Annual report on the working of the mental hospitals in the Madras Presidency - 1912-1932
Year: 1912
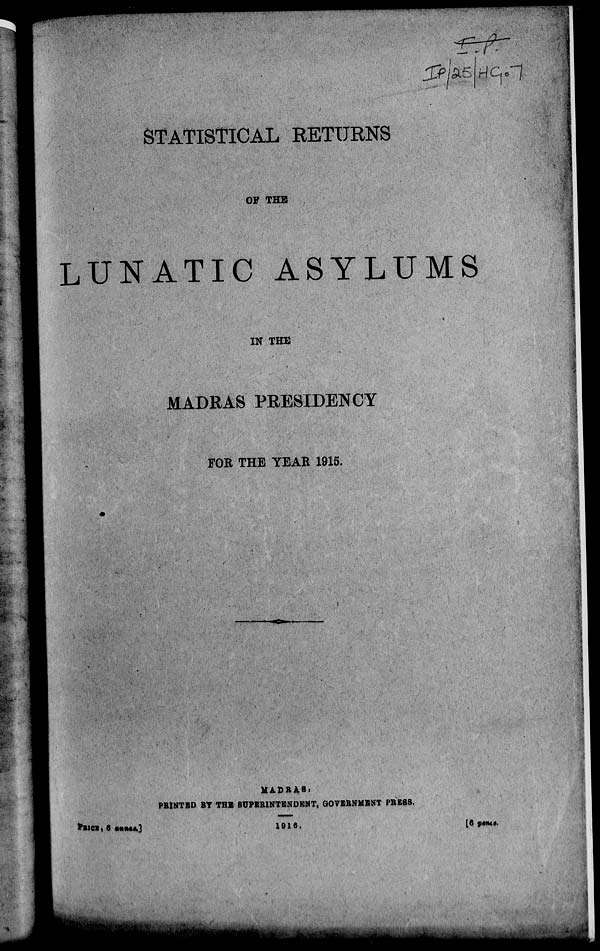
STATISTICAL RETURNS
OF THE
LUNATIC ASYLUMS
IN THE
MADRAS PRESIDENCY
FOR THE YEAR 1915.
MADRAS.
PRINTED BY THE SUPERINTENDENT, GOVERNMENT PRESS.
1916.
PRICE, 6 annas.]
[6 pence.